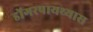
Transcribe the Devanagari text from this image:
डोंगरपायथ्यास